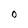
Character: 0